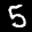
Label: 5